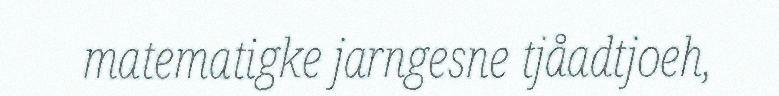
matematigke jarngesne tjåadtjoeh,